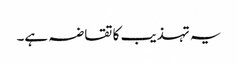
یہ تہذیب کا تقاضہ ہے۔